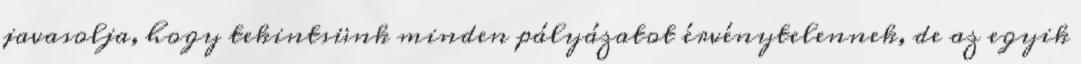
javasolja, hogy tekintsünk minden pályázatot érvénytelennek, de az egyik